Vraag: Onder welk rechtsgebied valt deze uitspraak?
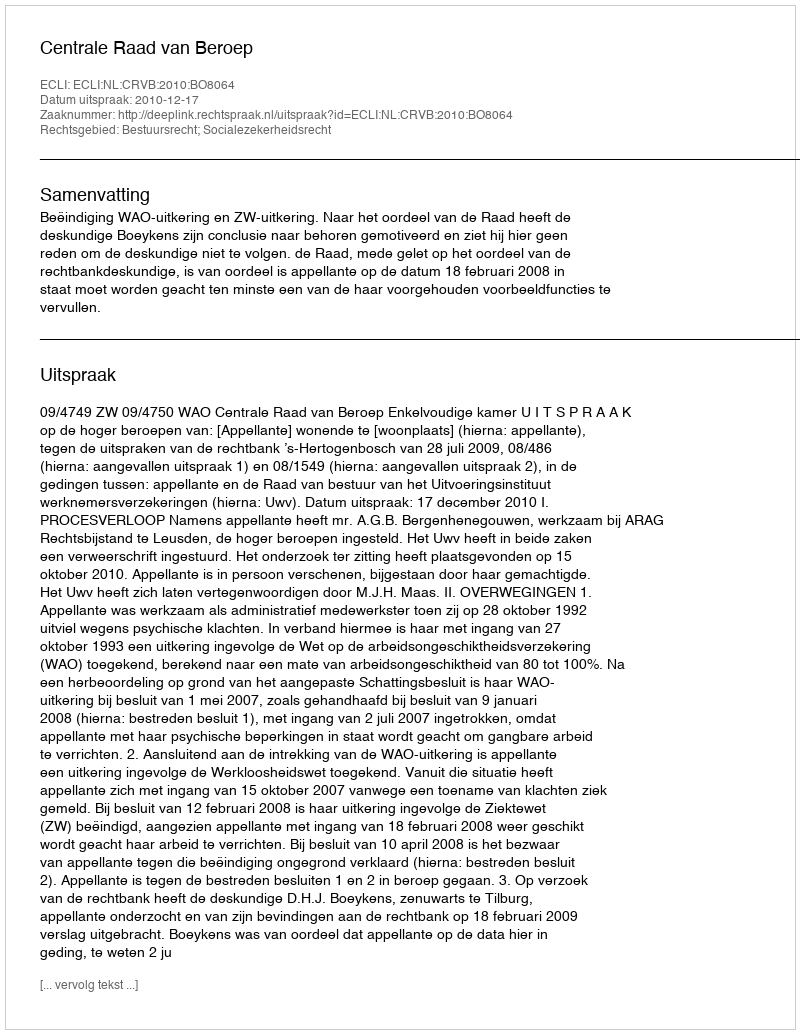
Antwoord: Bestuursrecht; Socialezekerheidsrecht